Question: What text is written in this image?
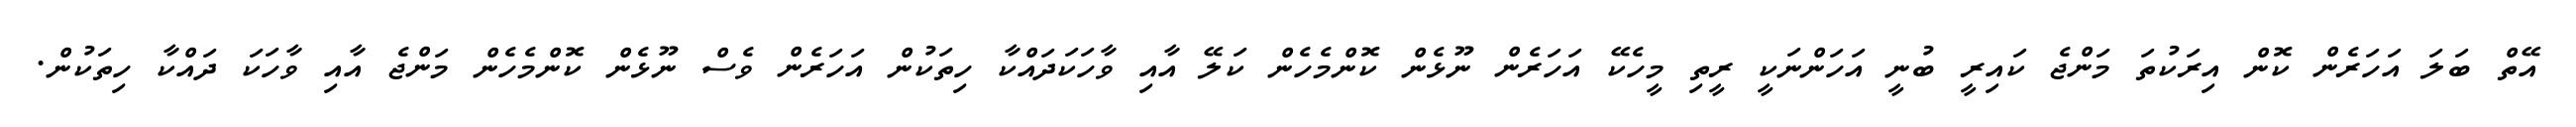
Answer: އޭތް ބަލަ އަހަރެން ކޮން އިރަކުތަ މަންޖެ ކައިރީ ބުނީ އަހަންނަކީ ރީތި މީހެކޭ އަހަރެން ނޫޅެން ކޮންމެހެން ކަލޭ އާއި ވާހަކަދައްކާ ހިތަކުން އަހަރެން ވެސް ނޫޅެން ކޮންމެހެން މަންޖެ އާއި ވާހަކަ ދައްކާ ހިތަކުން.